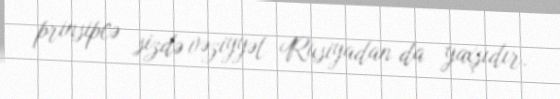
prinsipcə sizdə vəziyyət Rusiyadan da yaxşıdır.